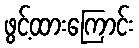
ဖွင့်ထားကြောင်း